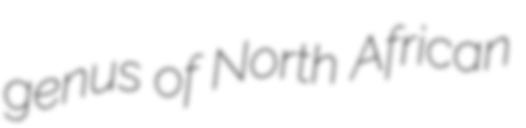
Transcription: genus of North African